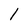
Character: 1